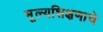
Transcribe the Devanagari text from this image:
मूल्यशिक्षणाचे